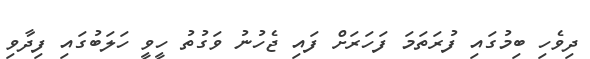
ދިވެހި ބިމުގައި ފުރަތަމަ ފަހަރަށް ފައި ޖެހުނު ވަގުތު ހީވީ ހަލަބުގައި ފިދާވި